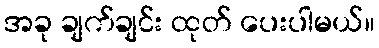
အခု ချက်ချင်း ထုတ် ပေးပါမယ်။